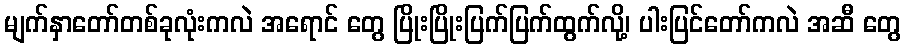
မျက်နှာတော်တစ်ခုလုံးကလဲ အရောင် တွေ ပြိုးပြိုးပြက်ပြက်ထွက်လို့၊ ပါးပြင်တော်ကလဲ အဆီ တွေ